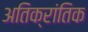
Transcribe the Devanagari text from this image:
अतिक्रांतिक